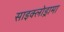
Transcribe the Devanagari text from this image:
साइक्लोड्रामा